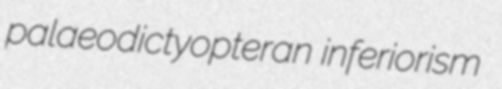
palaeodictyopteran inferiorism